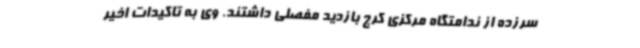
سرزده از ندامتگاه مرکزی کرج بازدید مفصلی داشتند. وی به تاکیدات اخیر